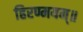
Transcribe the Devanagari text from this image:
हिरण्मयम्॥